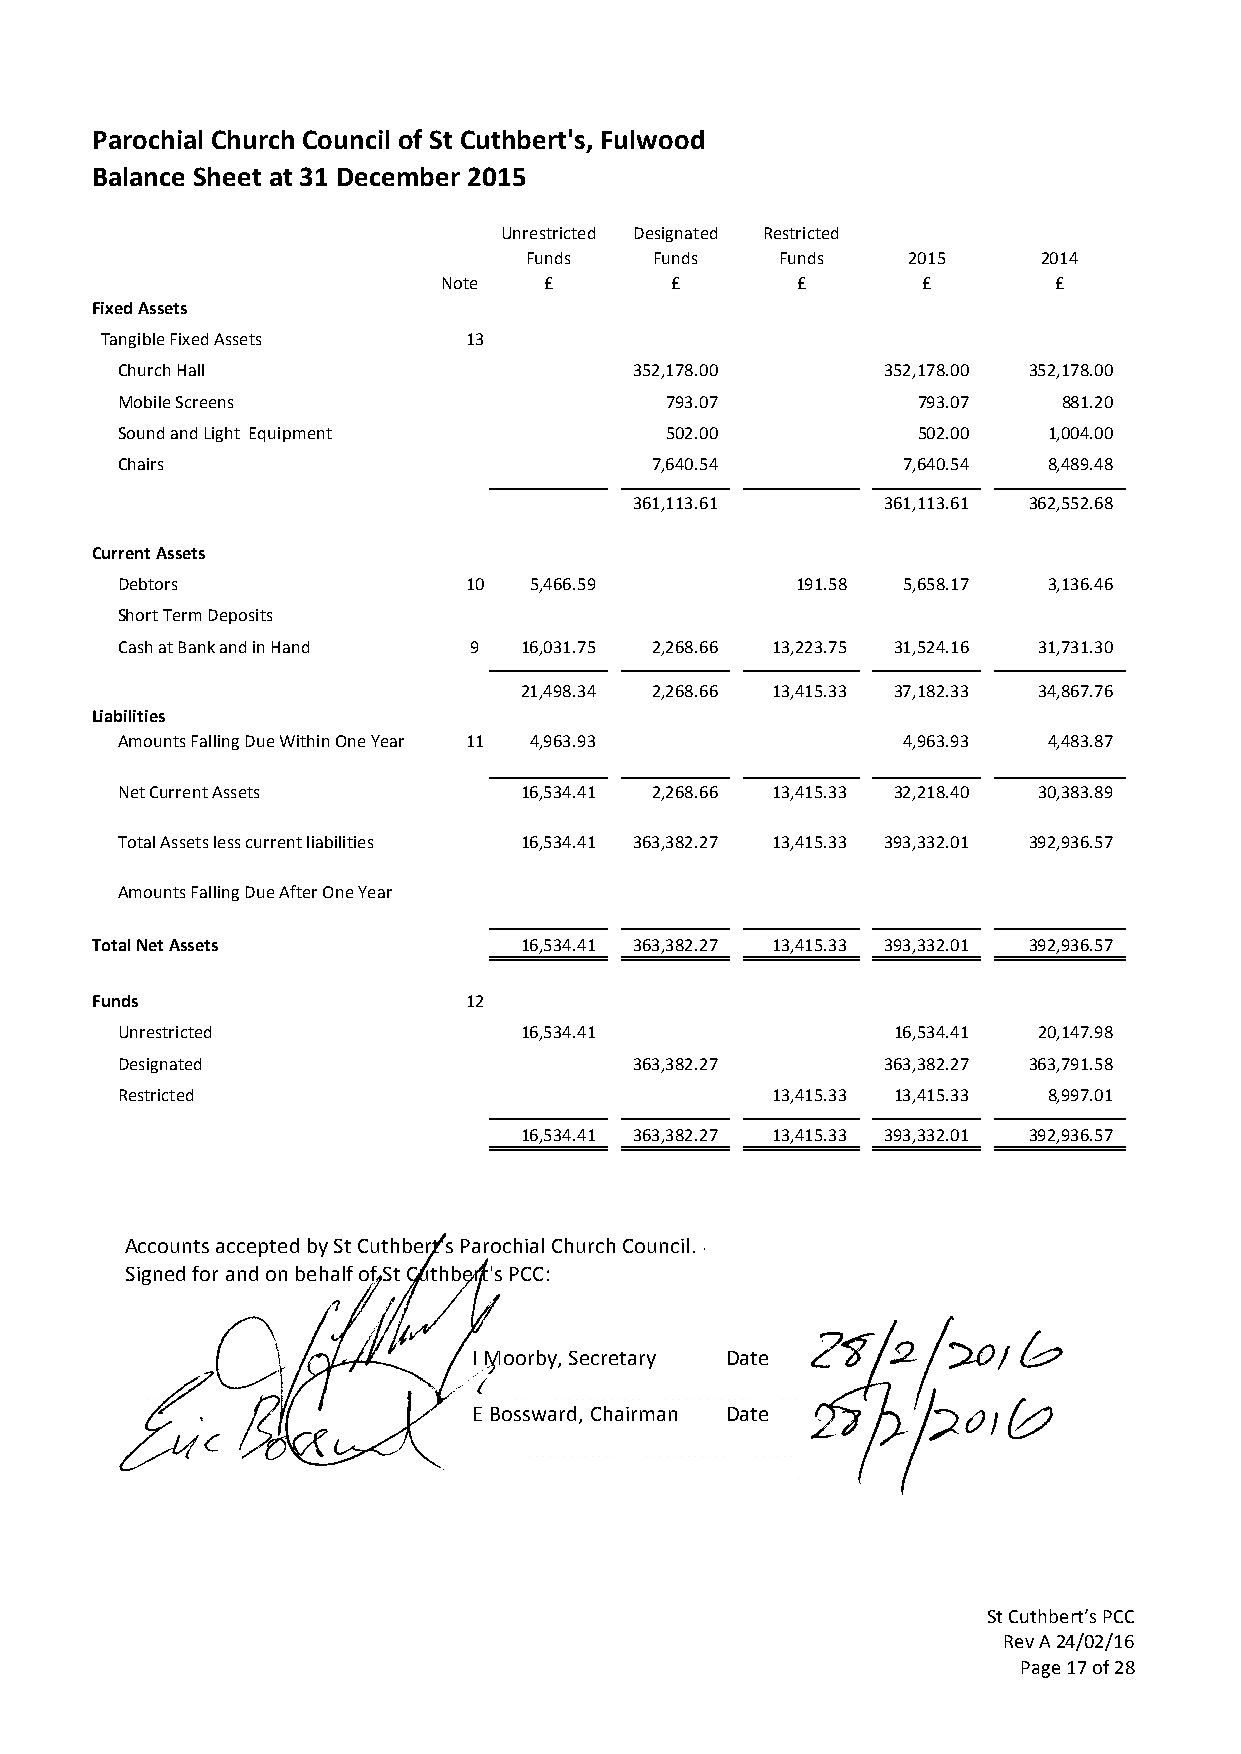
Parochial Church Council of St Cuthbert's, Fulwood
 Balance Sheet at 31 December 2015
 Unrest ricted Design ated Restr icted
 Funds   Funds    Funds   20 15    20 14
 Note   £       £        £       £        £
 Fixed Assets
 Tangible Fixed Assets   13
 Church Hall                       352,178.00      352,178.00 352,178.00
 Mobile Screens                      793.07           793.07   881.20
 Sound and Light Equipment           502.00           502.00  1,004.00
 Chairs                             7,640.54         7,640.54 8,489.48
 361,113.61      361,113.61 362,552.68
 Current Assets
 Debtors                10  5,466.59          191.58 5,658.17 3,136.46
 Short Term Deposits
 Cash at Bank and in Hand 9 16,031.75 2,268.66 13,223.75 31,524.16 31,731.30
 21,498.34 2,268.66 13,415.33 37,182.33 34,867.76
 Liabiliti es
 Amounts Falling Due Within One Year 1 1 4,963.93    4,963.93 4,483.87
 Net Current Assets        16,5 34.41 2,2 68.66 13,4 15.33 32,2 18.40 30, 383.89
 Total Assets less current liabilities 16,534.41 363,382.27 13,415.33 393,332.01 392,936.57
 Amounts Falling Due After One Year
 Total Net Assets            16,534.41 363,382.27 13,415.33 393,332.01 392,936.57
 Funds                    1 2
 Unrestricted              16,534.41                16,534.41 20,147.98
 Designated                        363,382.27      363,382.27 363,791.58
 Restricted                                 13,415.33 13,415.33 8,997.01
 16,534.41 363,382.27 13,415.33 393,332.01 392,936.57
 Accounts accepted by St Cuthbert's Parochial Church Council.
 Signed for and on behalf of St Cuthbert's PCC:
 I Moorby, Secretary Date
 E Bossward, Chairman Date
 St Cuthbert’s PCC
 Rev A 24/02/16
 Page 17 of 28